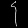
Digit: ၄